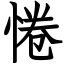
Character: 惓